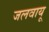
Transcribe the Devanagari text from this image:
जलवायू